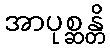
အာပုစ္ဆန္တိ